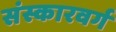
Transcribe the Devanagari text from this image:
संस्कारवर्ग